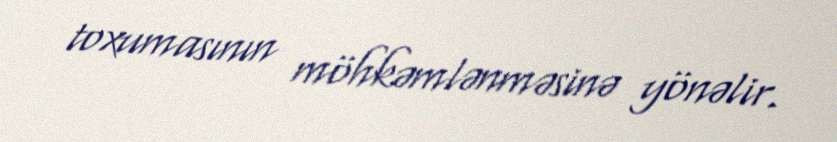
toxumasının möhkəmlənməsinə yönəlir.